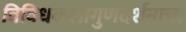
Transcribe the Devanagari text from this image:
विविधकलागुणदर्शनाचा